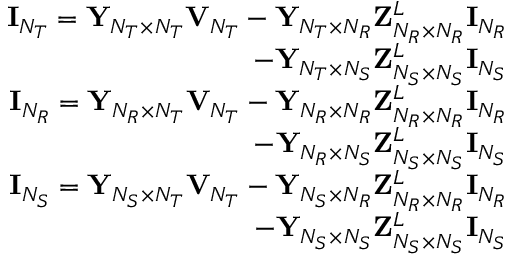
\begin{array} { r l } { { \mathbf { I } } _ { N _ { T } } = { \mathbf { Y } } _ { N _ { T } \times N _ { T } } { \mathbf { V } } _ { N _ { T } } - { \mathbf { Y } } _ { N _ { T } \times N _ { R } } { \mathbf { Z } } _ { N _ { R } \times N _ { R } } ^ { L } { \mathbf { I } } _ { N _ { R } } } & { } \\ { \quad \quad \quad \quad - { \mathbf { Y } } _ { N _ { T } \times N _ { S } } { \mathbf { Z } } _ { N _ { S } \times N _ { S } } ^ { L } { \mathbf { I } } _ { N _ { S } } } \\ { { \mathbf { I } } _ { N _ { R } } = { \mathbf { Y } } _ { N _ { R } \times N _ { T } } { \mathbf { V } } _ { N _ { T } } - { \mathbf { Y } } _ { N _ { R } \times N _ { R } } { \mathbf { Z } } _ { N _ { R } \times N _ { R } } ^ { L } { \mathbf { I } } _ { N _ { R } } } & { } \\ { \quad \quad \quad \quad - { \mathbf { Y } } _ { N _ { R } \times N _ { S } } { \mathbf { Z } } _ { N _ { S } \times N _ { S } } ^ { L } { \mathbf { I } } _ { N _ { S } } } \\ { { \mathbf { I } } _ { N _ { S } } = { \mathbf { Y } } _ { N _ { S } \times N _ { T } } { \mathbf { V } } _ { N _ { T } } - { \mathbf { Y } } _ { N _ { S } \times N _ { R } } { \mathbf { Z } } _ { N _ { R } \times N _ { R } } ^ { L } { \mathbf { I } } _ { N _ { R } } } & { } \\ { \quad \quad \quad \quad - { \mathbf { Y } } _ { N _ { S } \times N _ { S } } { \mathbf { Z } } _ { N _ { S } \times N _ { S } } ^ { L } { \mathbf { I } } _ { N _ { S } } } \end{array}